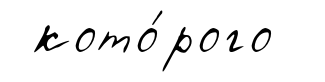
кото́рого